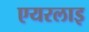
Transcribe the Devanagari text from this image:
एयरलाइ